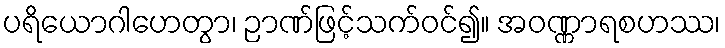
ပရိယောဂါဟေတွာ၊ ဉာဏ်ဖြင့်သက်ဝင်၍။ အဝဏ္ဏာရစဟဿ၊